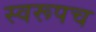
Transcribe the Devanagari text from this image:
स्वरूपच